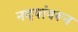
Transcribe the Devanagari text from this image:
नदयांवरून